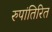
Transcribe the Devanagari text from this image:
रुपांतिरित